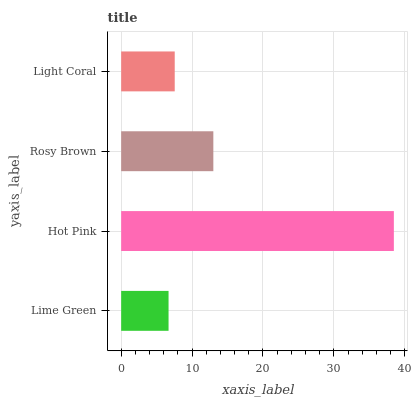
| yaxis_label | bars |
 | --- | --- |
 | Lime Green | 6.68 |
 | Hot Pink | 38.5 |
 | Rosy Brown | 13 |
 | Light Coral | 7.56 |